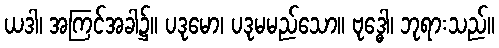
ယဒါ၊ အကြင်အခါ၌။ ပဒုမော၊ ပဒုမမည်သော။ ဗုဒ္ဓေါ၊ ဘုရားသည်။